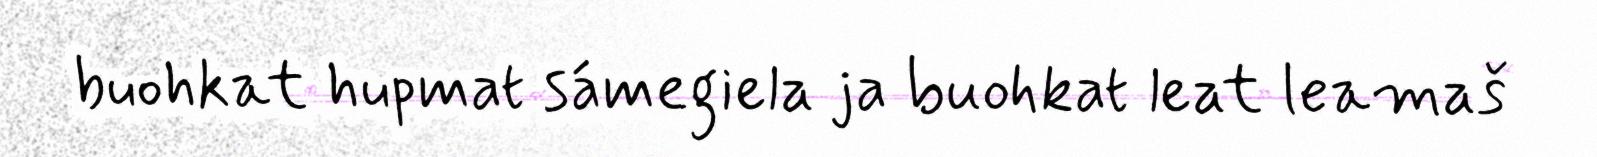
buohkat hupmat sámegiela ja buohkat leat leamaš